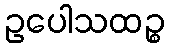
ဥပေါသထဉ္စ